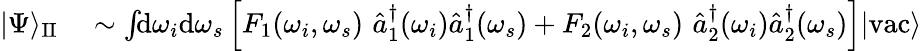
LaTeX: \begin{array}{rl}{|\Psi\rangle_{\mathrm{II}}}&{{}\sim\int\! \! \mathrm{d}\omega_{i}\mathrm{d}\omega_{s}\left[F_{1}(\omega_{i},\omega_{s})\, \, \hat{a}_{1}^{\dagger}(\omega_{i})\hat{a}_{1}^{\dagger}(\omega_{s})+F_{2}(\omega_{i},\omega_{s})\, \, \hat{a}_{2}^{\dagger}(\omega_{i})\hat{a}_{2}^{\dagger}(\omega_{s})\right]|\mathrm{vac}\rangle}\end{array}